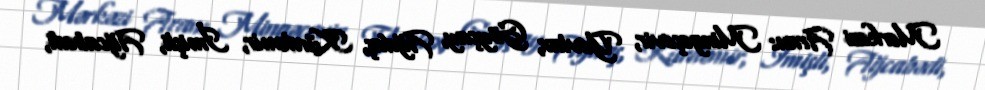
Mərkəzi Aran: Mingəçevir, Yevlax, Göyçay, Ağdaş, Kürdəmir, İmişli, Ağcabədi,